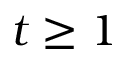
t \geq 1